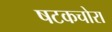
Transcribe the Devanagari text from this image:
षटकचोरा